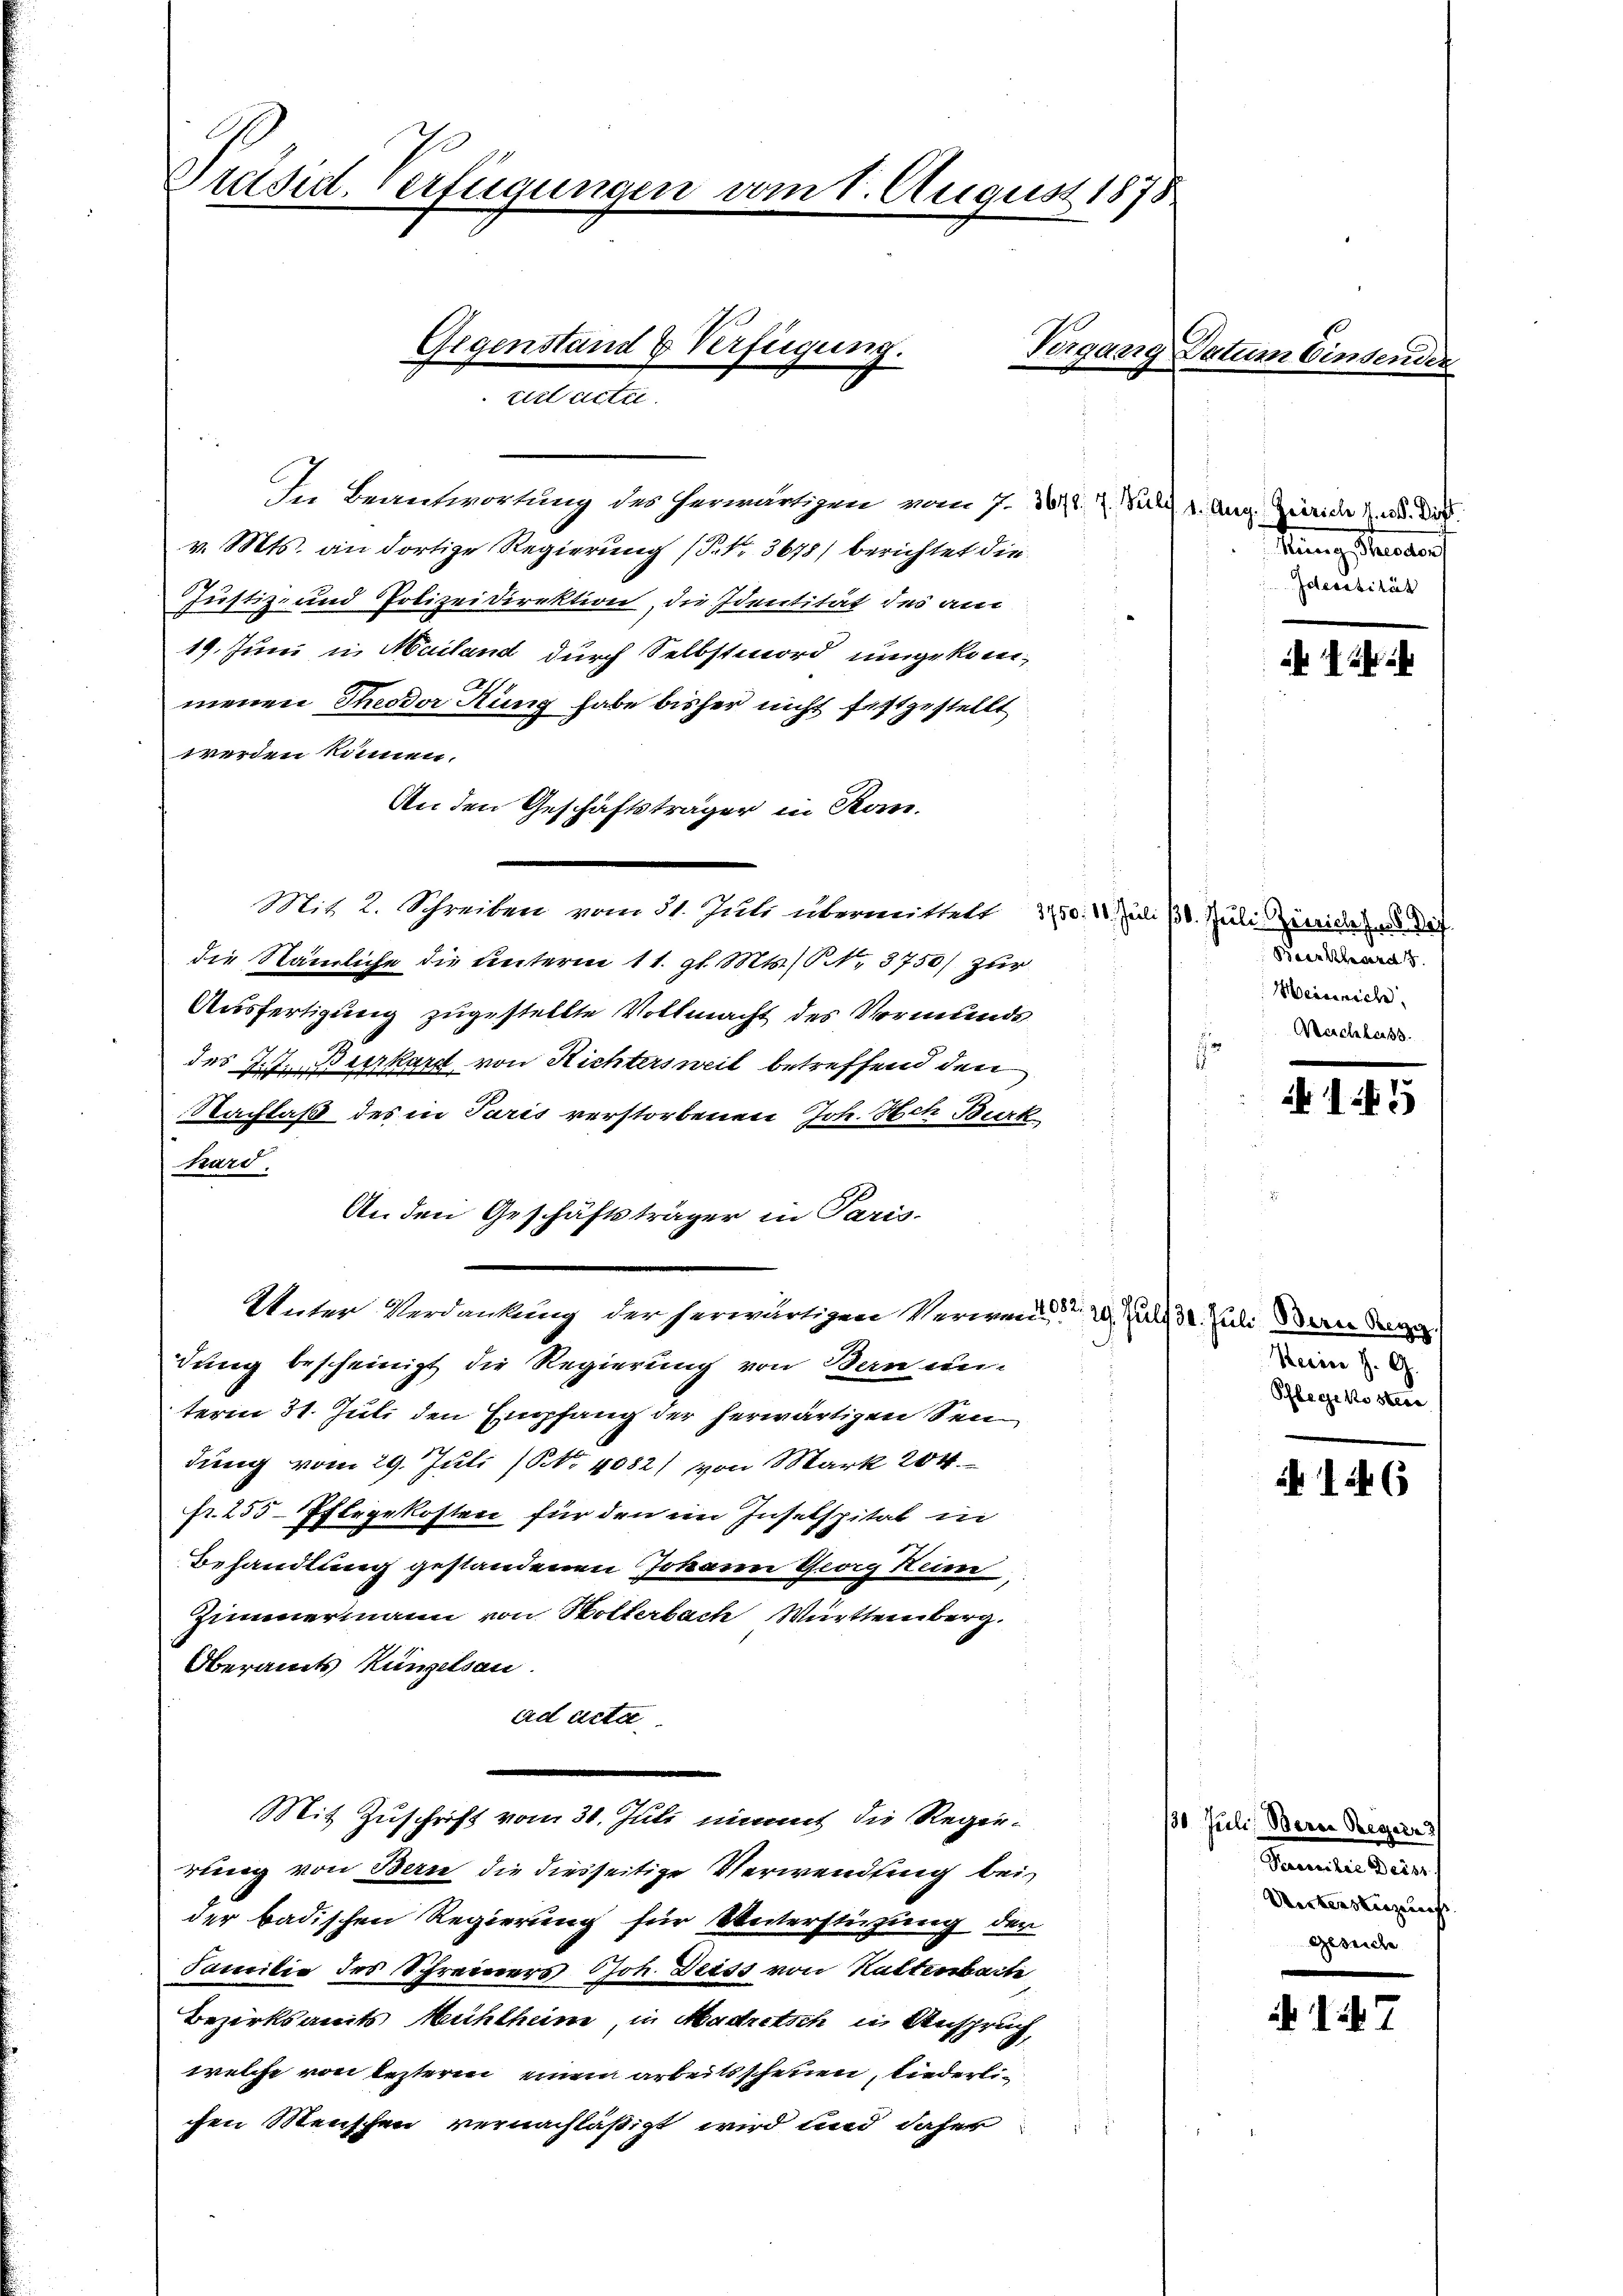
Präsid. Verfügungen vom 1. August 1875
Gegenstand & Verfügung. Vergang Datum binsender
zielt
e

F. Beantwortung des herwärtigen vom 7. 361. 2. Bulz 1. Aug. Zürich d. M. D.
v. Mts. an dortige Regierung (P. Nr. 3678) berichtet die
Justiz- und Polizeidirektion, die Identität des am
19. Juni in Mailand durch Selbstmord umgekom-
menen Theodor Hung habe bisher nicht festgestellt
werden können.
An den Geschäftsträger in Kon¬
Mit 2. Schreiben vom 31. Juli übermittelt 3750. 10. Juli 16. Juli Zuwider di
die Nämliche die unterm 11. gl. Mts. S. 3750) zur
Ausfertigung zugestellte Vollmacht des Vormunds
des J. J. Bierkard von Richtersweil betreffend den
Nachlaß des in Paris verstorbenen Joh. Hch Burk
Karl.
Anden Geschäftsträger in Paris.
Unter Verdankung der herwärtigen Verwenden 29. Juli 30. Juli Bern de
dung bescheinigt die Regierung von Bern un
term 31. Juli den Empfang der herwärtigen Sen
dung vom 29. Juli (S. 4082) von Mark 204.
fr. 255-Pflegekosten für den im Inselspital in
Behandlung gestandenen Johann Georg Hein
Zimmermann von Hollerbach Württemberg.
Oberamts Küngelsau
ad acta
Mit Zuschrift vom 31. Juli nimmt die Regierung von Bern die diesseitige Verwendung bei
der badischen Regierung für Unterstüzung der
Familie des Schreiners Joh. Deiss von Kaltenbarte
Bezirksamts Mühlheim, in Madretsch in Anspruch,
welche von lezteren einem arbeitsscheuen, liederlichen Menschen vernachläßigt wird und daher

sringestamen
Idecssität

145

1546

7

Beeskehard
Heinrich
Nachlass

Herrn J. G.
Pflegekosterr

130. Juli, Berne Reger
Peressilie Beist,
Unterstüzungs
Gezeiche